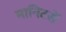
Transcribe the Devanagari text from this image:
मानिटरों